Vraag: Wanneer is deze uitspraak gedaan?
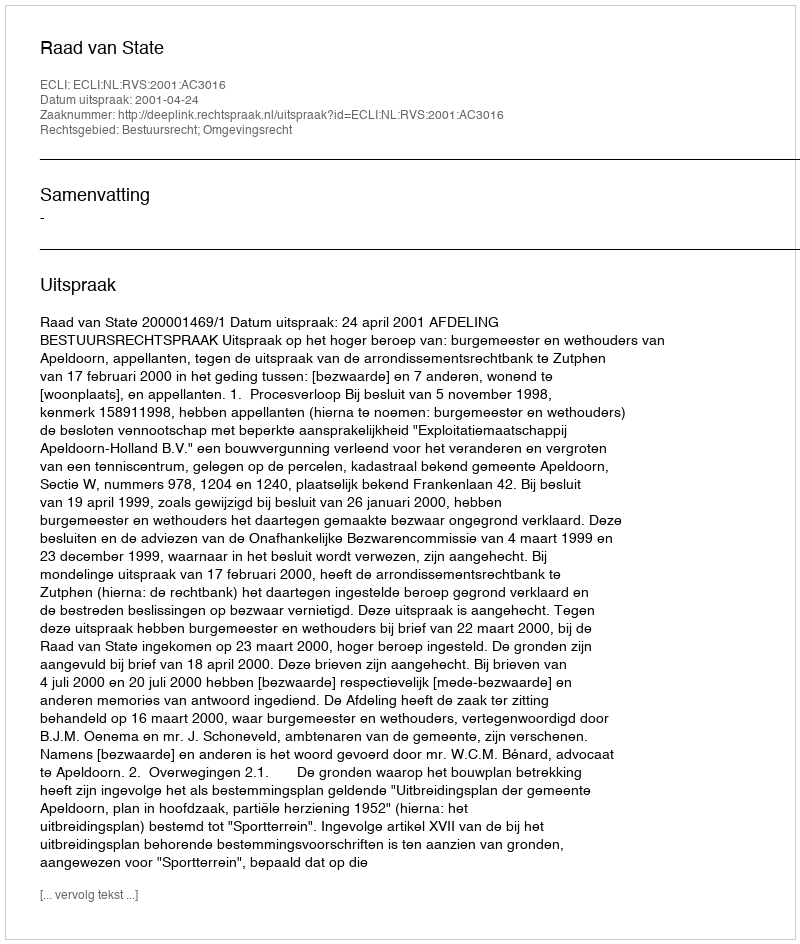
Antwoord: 2001-04-24